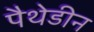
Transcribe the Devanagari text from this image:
पैथेडीन